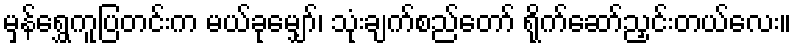
မှန်ရွှေကူပြတင်းက မယ်ခုမျှော်၊ သုံးချက်စည်တော် ရိုက်ဆော်ညှင်းတယ်လေး။